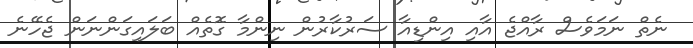
ނެތް ނަމަވެސް ރާއްޖެ އާއި އިންޑިއާ ސަރުކާރުން ނިންމާ ގޮތެއް ބަލައިގަންނަން ޖެހޭނެ